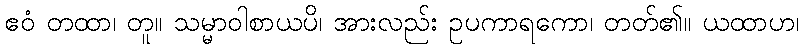
ဧဝံ တထာ၊ တူ။ သမ္မာဝါစာယပိ၊ အားလည်း ဥပကာရကော၊ တတ်၏။ ယထာဟ၊